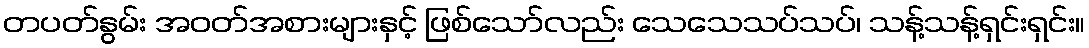
တပတ်နွမ်း အဝတ်အစားများနှင့် ဖြစ်သော်လည်း သေသေသပ်သပ်၊ သန့်သန့်ရှင်းရှင်း။